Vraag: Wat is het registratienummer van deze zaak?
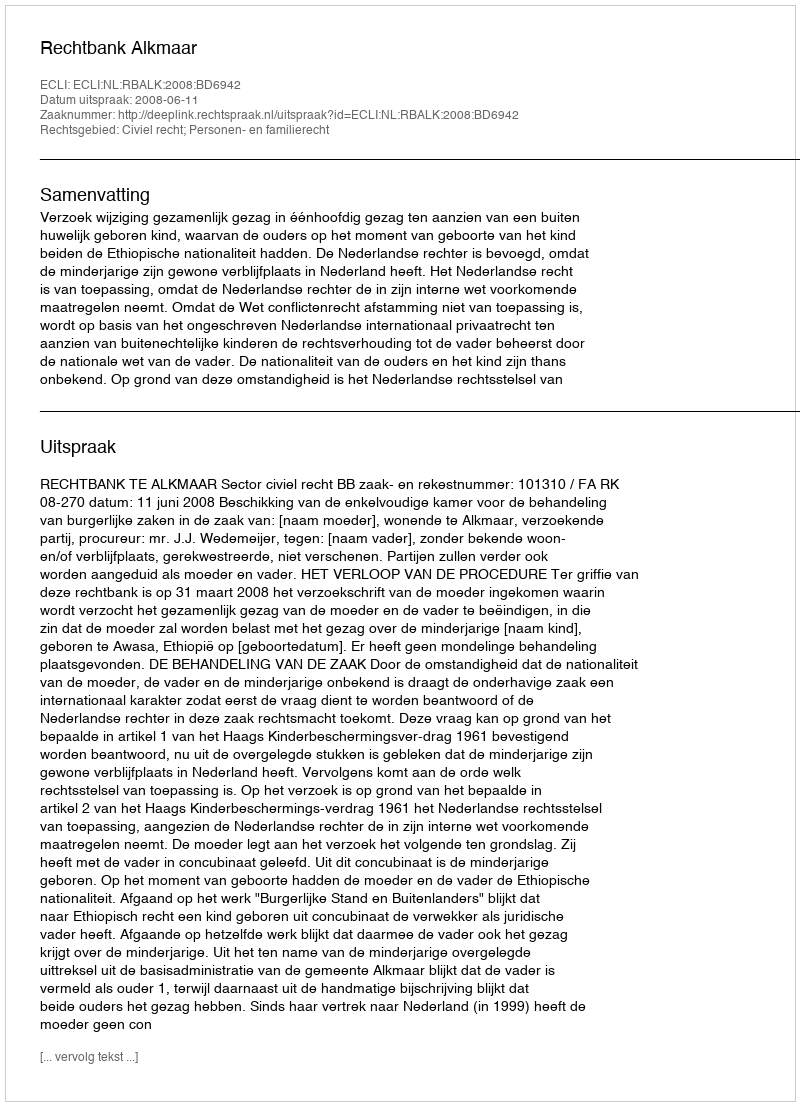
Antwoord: http://deeplink.rechtspraak.nl/uitspraak?id=ECLI:NL:RBALK:2008:BD6942